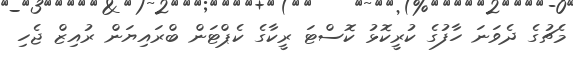
މެޗުގެ ދެވަނަ ހާފުގެ ކުރީކޮޅު ކޮސްޓަ ރީކާގެ ކެޕްޓަން ބްރައިޔަން ރުއިޒް ޖެހި